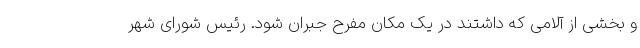
و بخشی از آلامی که داشتند در یک مکان مفرح جبران شود. رئیس شورای شهر